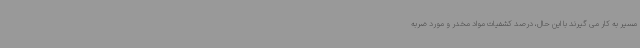
مسیر به کار می گیرند با این حال، درصد کشفیات مواد مخدر و مورد ضربه